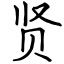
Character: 贤